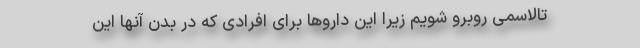
تالاسمی روبرو شویم زیرا این داروها برای افرادی که در بدن آنها این